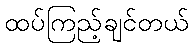
ထပ်ကြည့်ချင်တယ်